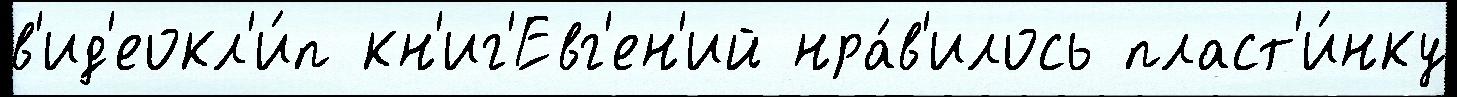
в'ид'еокл'и́п кн'иг'Евг'ен'ий нра́в'илось пласт'и́нку